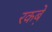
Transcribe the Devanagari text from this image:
रकबे़